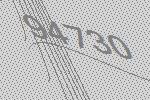
94730